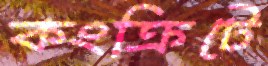
কংক্রিটে